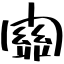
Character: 關